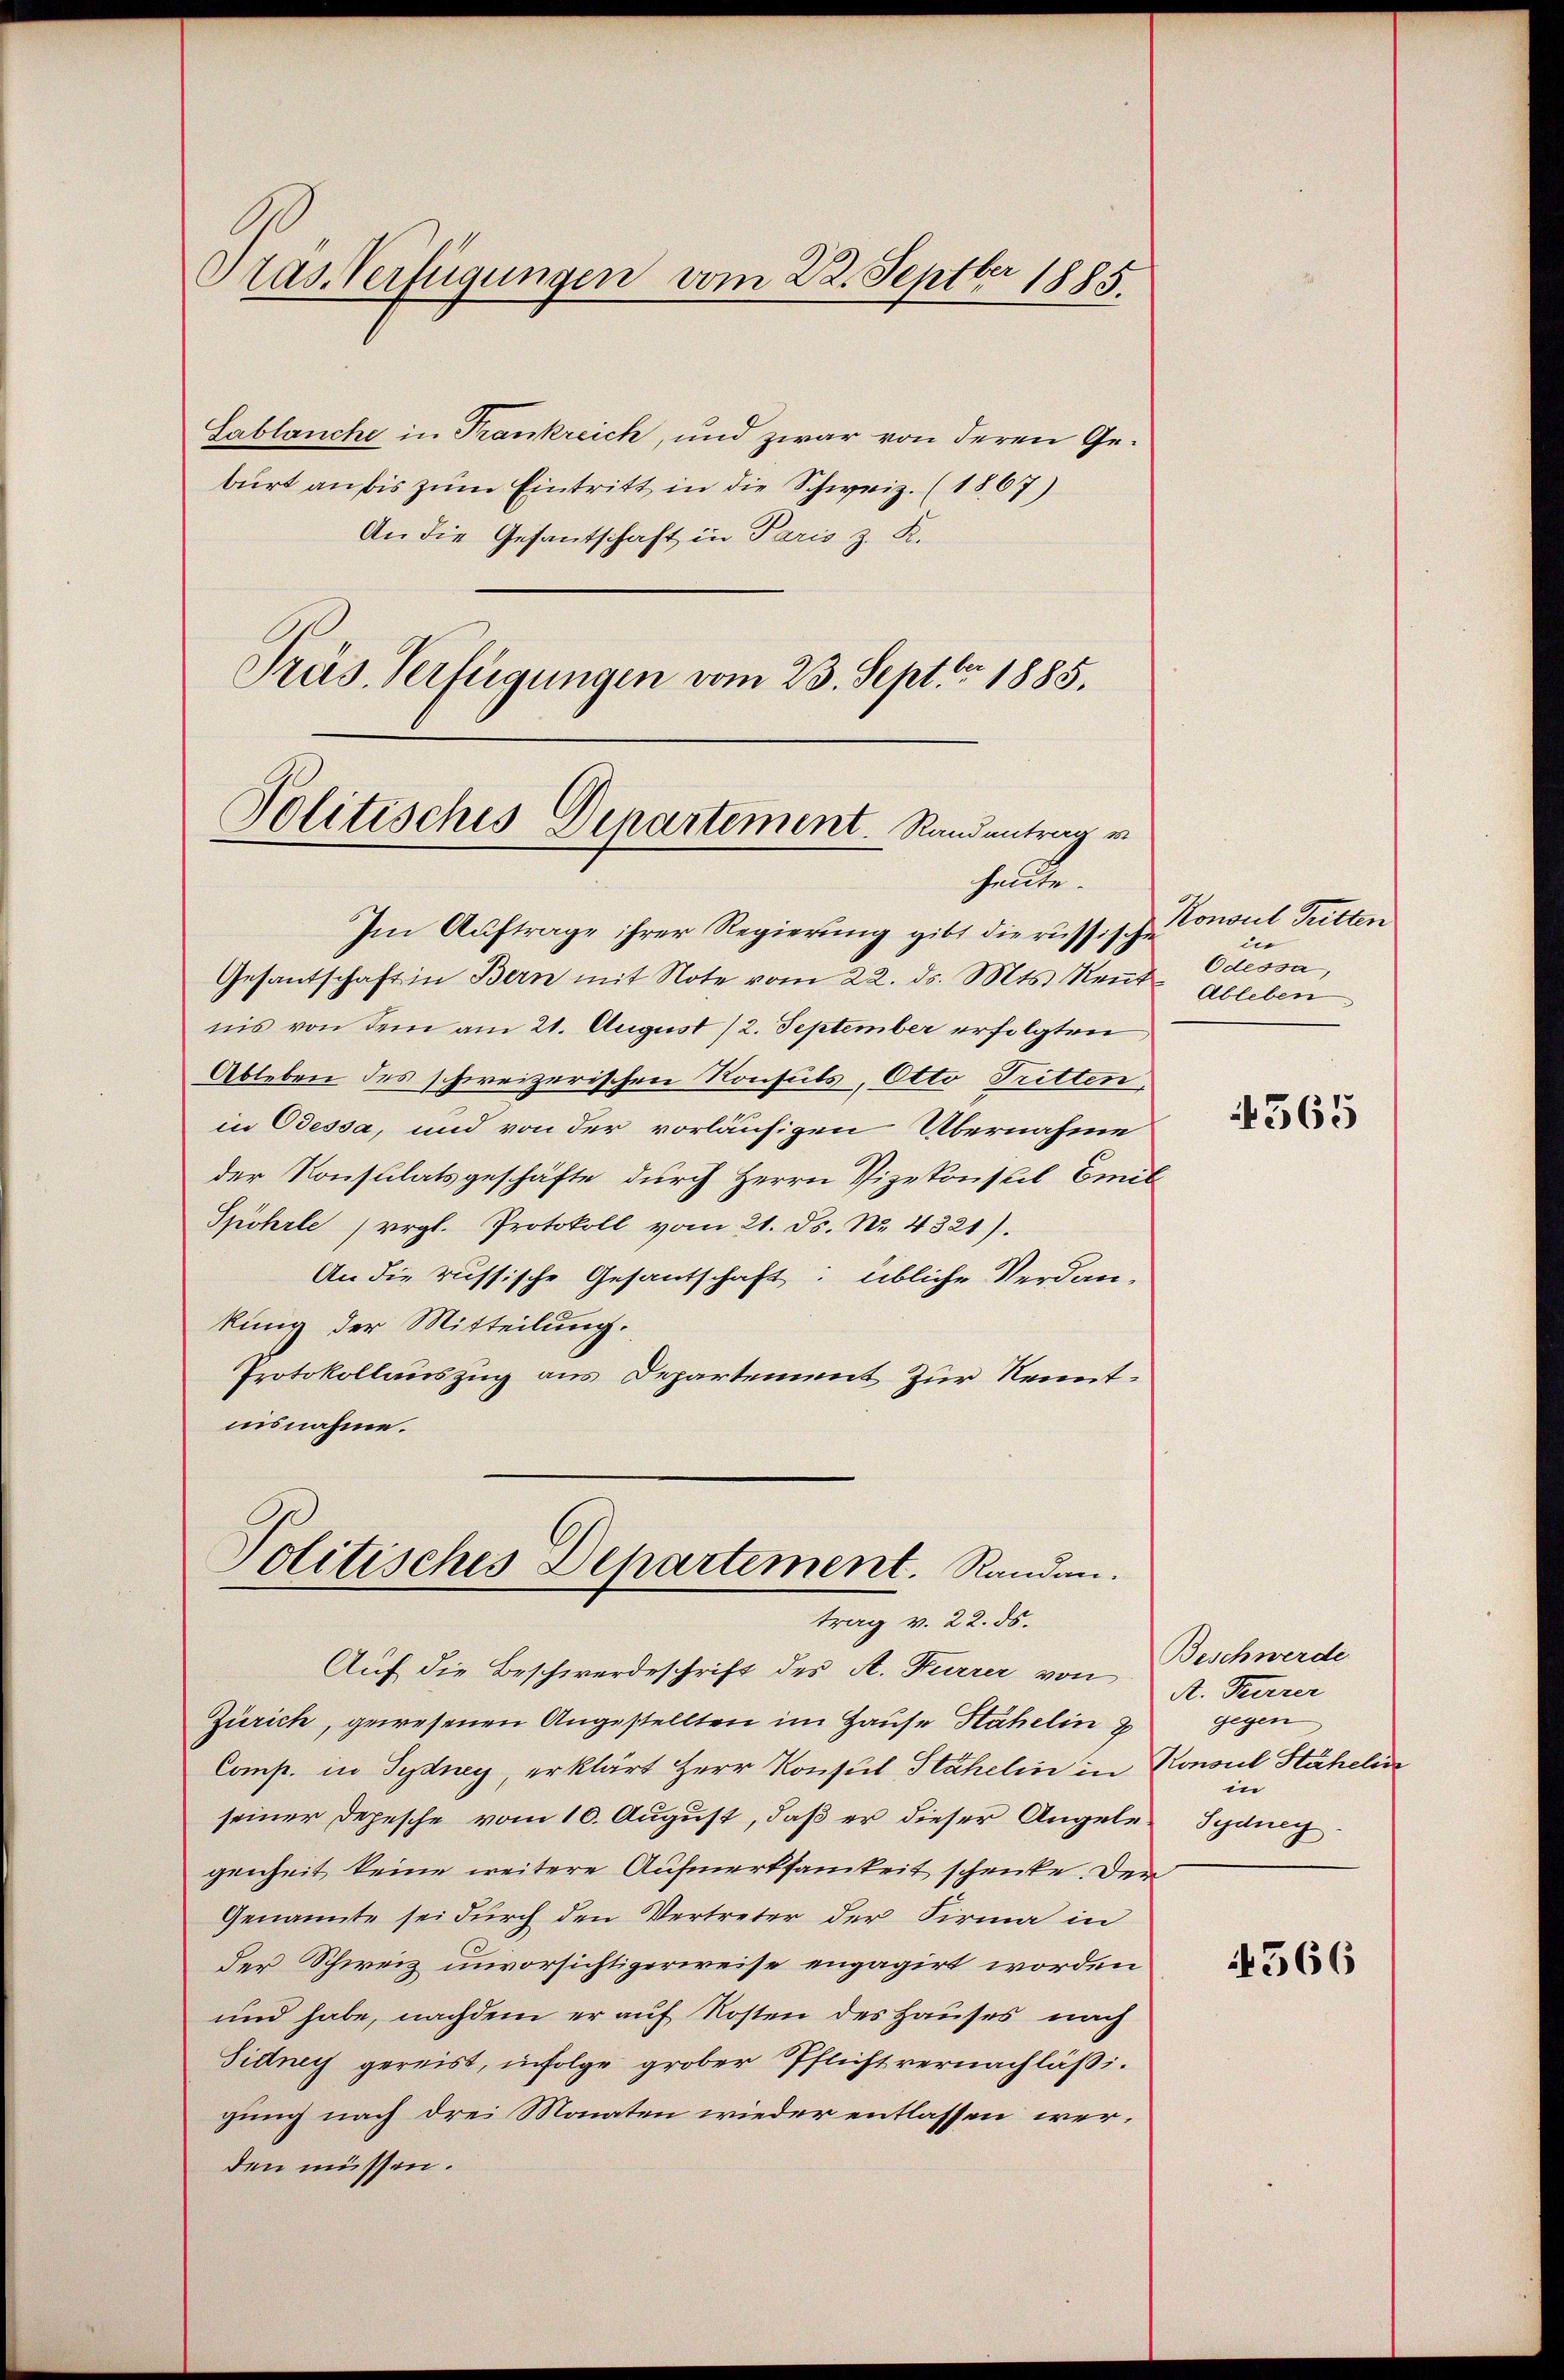
Pras Verfügungen vom 22. Septbr 1885.

Sablanche in Trankreich, und zwar von deren Geburt an bis zŭm Eintritt in die Schweiz. (1867)
An die Gesantschaft in Paris z. K.
Prüs-Verfügungen vom 23. Sept. 1885.

Politisches Departement. Randantrag v
heute.

Im Auftrage ihrer Regierung gibt die russische
Gesantschaft in Bern mit Note vom 22. ds. Mts. Neŭte Ableben
nis von dem am 21. August (2. September erfolgten
Ableben des schweizerischen Konsuls, Otto Tritten,
in Odessa, und von der vorläufigen Übernahme
der Konsulatsgeschäfte durch Herrn Vizekonseil Emil¬
Spöhrle (vergl. Protokoll vom 21. ds. Nr. 4321).
An die russische Gesantschaft: übliche Verdan-
kung der Mitteilung.
Protokollauszug aus Departement zur Kenntiisnahme.

Politisches Departement. Randen.
trag v. 22. ds.

Auf die Beschwerdeschrift des A. Furrer von
Zürich, gewesenen Angestellten im Hause Stahelin
Comp. in Sydney, erklärt Herr Konsul Stähelin in Konsul Stäheli
seiner Depesche vom 10. August, daß er dieser Angele Schaueg
genheit keine weitere Aufmerksamkeit schenke. Der
Genannte sei durch den Vertreter der Firma in
der Schweiz unvorsichtigerweise engagirt worden
und habe, nachdem er auf Kosten des Hauses nach
Sidney gereist, infolge grober Pflicht vernachläßigung nach drei Monaten wieder entlassen werden müssen.

Konsul Tritten
ine
Odessa,

365

Beschwerde
A. Furrer
gegen
in

4566